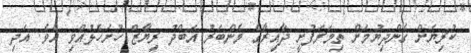
ކުރިޔަށް ގެންދިޔުމަށް ތިމަރަފުށީ ދާއިރާގެ މެންބަރު އަބްދު ރިޔާޒް ހުށަހެޅުއްވި އެވެ. އަދި